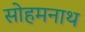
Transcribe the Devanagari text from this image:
सोहमनाथ